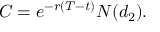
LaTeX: C = e ^ { - r ( T - t ) } N ( d _ { 2 } ) .